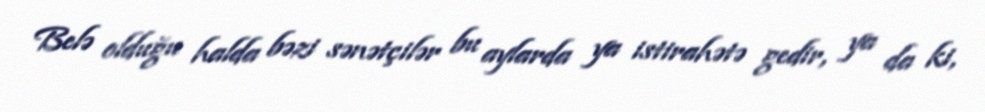
Belə olduğu halda bəzi sənətçilər bu aylarda ya istirahətə gedir, ya da ki,